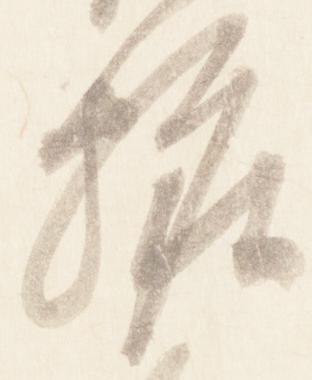
粧